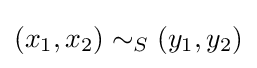
(x_{1},x_{2})\sim _{S}(y_{1},y_{2})